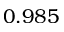
0 . 9 8 5